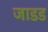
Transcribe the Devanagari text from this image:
जाडड